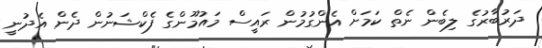
ދަރުބާރުގެ ލިބެން ނެތް ކަމަށް އެންގުމުން ރައީސް މައުމޫންގެ ފެކްޝަނުން ދެން އެދުނީ